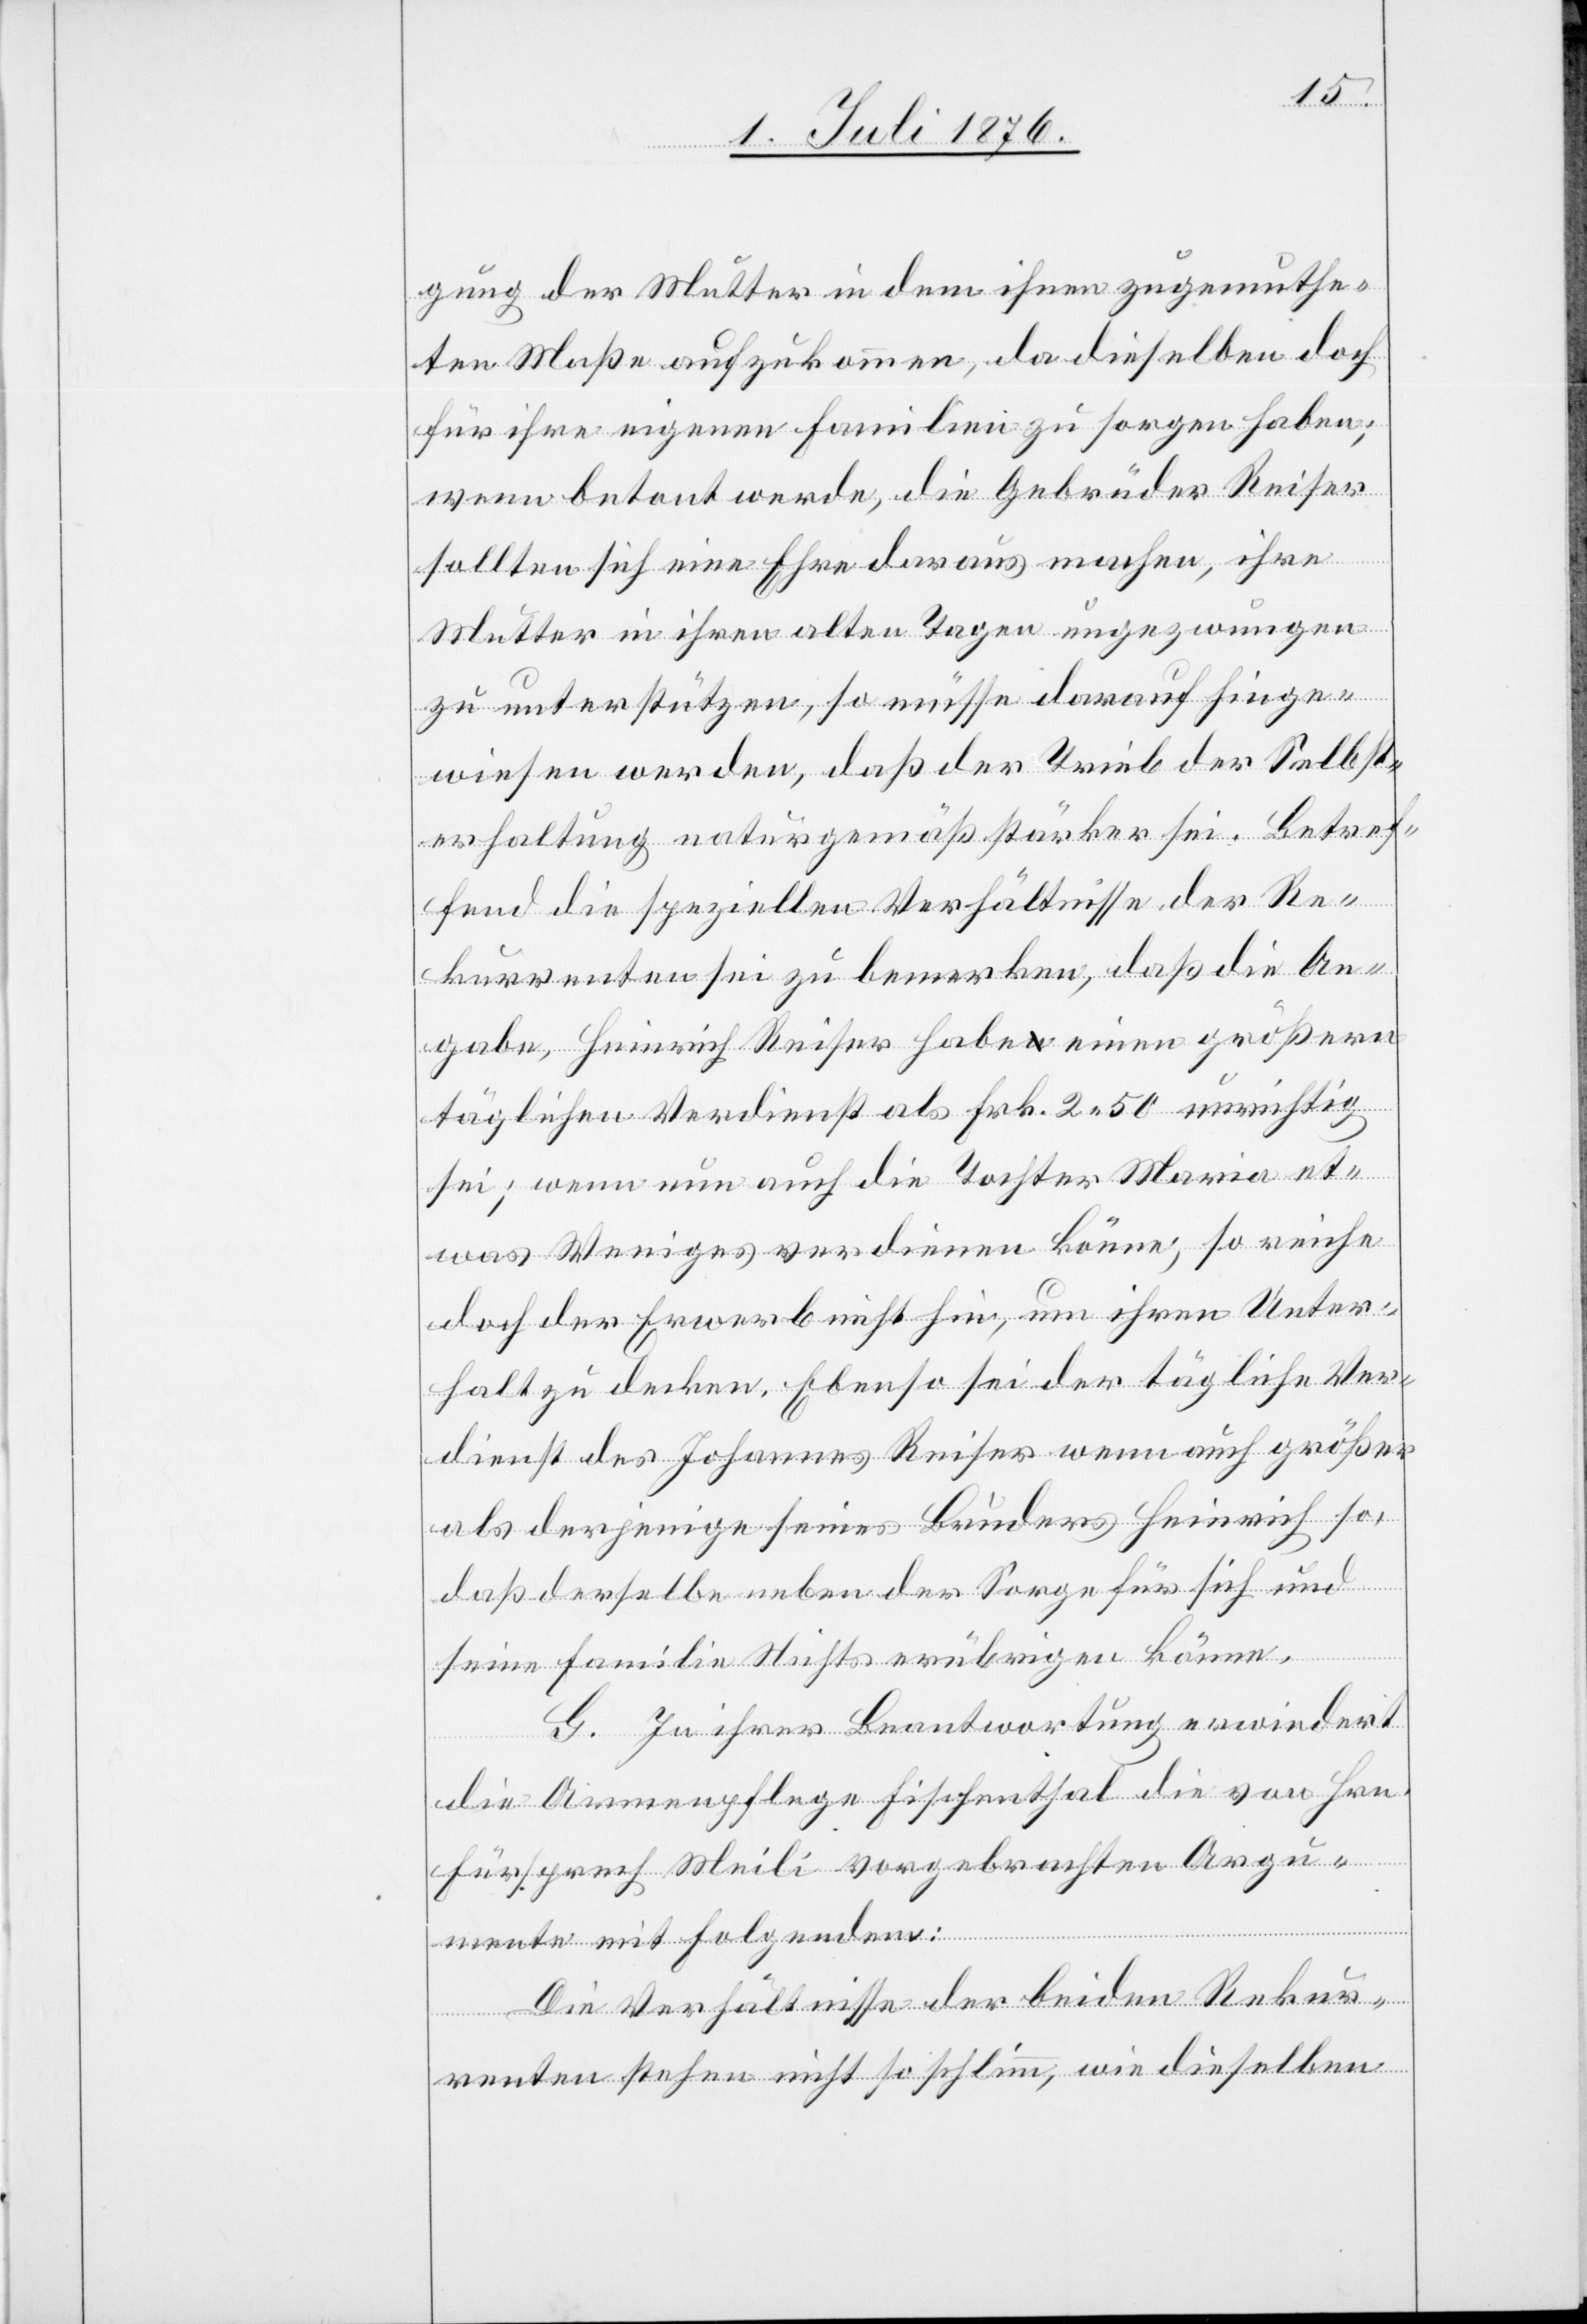
gung der Mutter in dem ihnen zugemuthe¬
ten Maße aufzukommen, da dieselben doch
für ihre eigenen Familien zu sorgen haben;
wenn betont werde, die Gebrüder Reiser
sollten sich eine Ehre daraus machen, ihre
Mutter in ihren alten Tagen ungezwungen
zu unterstützen, so müsse darauf hinge¬
wiesen werden, das der Trieb der Selbst¬
erhaltung naturgemäß stärker sei. Betref¬
fend die speziellen Verhältnisse der Re¬
kurrenten sei zu bemerken, daß die An¬
gabe, Heinrich Reiser habe einen größern
täglichen Verdienst als Frk. 2 50 unrichtig
sei; wenn nun auch die Tochter Maria et¬
was Weniges verdienen könne, so reiche
doch der Erwerb nicht hin, um ihren Unter¬
halt zu decken. Ebenso sei der tägliche Ver¬
dienst des Johannes Reiser wenn auch größer
als derjenige seines Bruders Heinrich so,
daß derselbe neben der Sorge für sich und
seine Familie Nichts erübrigen könne.
G. In ihrer Beantwortung erwiedert
die Armenpflege Fischenthal die von Hrn.
Fürsprech Meili vorgebrachten Argu¬
mente mit Folgendem:
Die Verhältnisse der beiden Rekur¬
renten stehen nicht so schlimm, wie dieselben